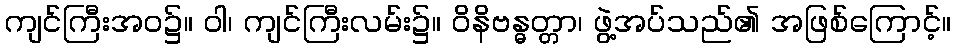
ကျင်ကြီးအဝ၌။ ဝါ၊ ကျင်ကြီးလမ်း၌။ ဝိနိဗန္ဓတ္တာ၊ ဖွဲ့အပ်သည်၏ အဖြစ်ကြောင့်။